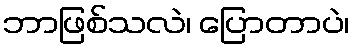
ဘာဖြစ်သလဲ၊ ပြောတာပဲ၊